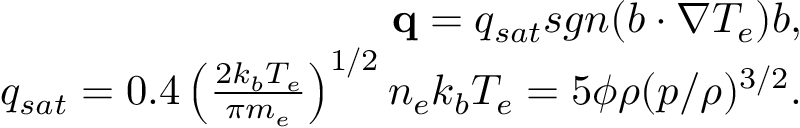
\begin{array} { r } { \mathbf { q } = q _ { s a t } s g n ( \boldsymbol { b } \cdot \nabla T _ { e } ) \boldsymbol { b } , } \\ { q _ { s a t } = 0 . 4 \left( \frac { 2 k _ { b } T _ { e } } { \pi m _ { e } } \right) ^ { 1 / 2 } n _ { e } k _ { b } T _ { e } = 5 \phi \rho ( p / \rho ) ^ { 3 / 2 } . } \end{array}